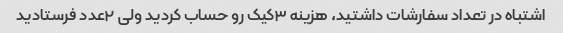
اشتباه در تعداد سفارشات داشتید، هزینه ۳کیک رو حساب کردید ولی ۲عدد فرستادید